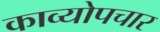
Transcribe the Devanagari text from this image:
काव्योपचार